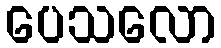
ပေသလော